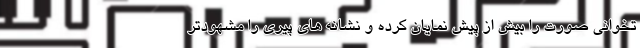
تخوانی صورت را بیش از پیش نمایان کرده و نشانه های پیری را مشهودتر